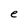
Character: e